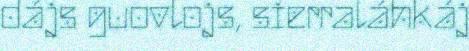
dájs guovlojs, sierraláhkáj